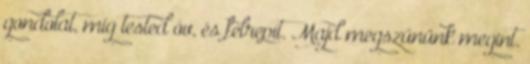
gondolat, míg tested óv, és felrepít. Majd megszűnünk megint.